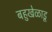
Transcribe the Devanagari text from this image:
बहुखेळाडू